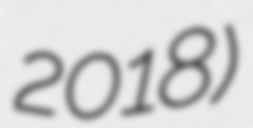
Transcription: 2018)